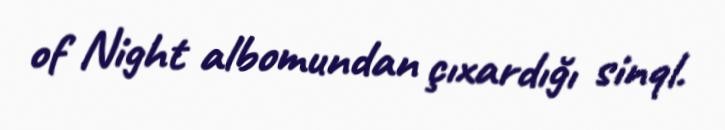
of Night albomundan çıxardığı sinql.